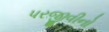
પરજીવીનો